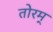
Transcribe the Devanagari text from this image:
तोरम्